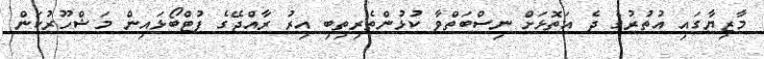
މާޒިޔާގައި އުތުރުގެ ދެ އަތޮޅަށް ނިސްބަތްވާ ކުޅުންތެރިތިބި އިރު ރާއްޖޭގެ ފުޓްބޯޅައިން މަޝްހޫރުކަން